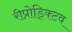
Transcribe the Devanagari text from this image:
रीप्रोड्क्टिव